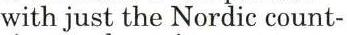
with just the Nordic count-